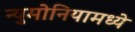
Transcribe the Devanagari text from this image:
न्युमोनियामध्ये